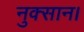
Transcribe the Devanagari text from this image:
नुक्सान।